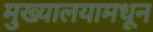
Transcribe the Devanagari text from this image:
मुख्यालयामधून